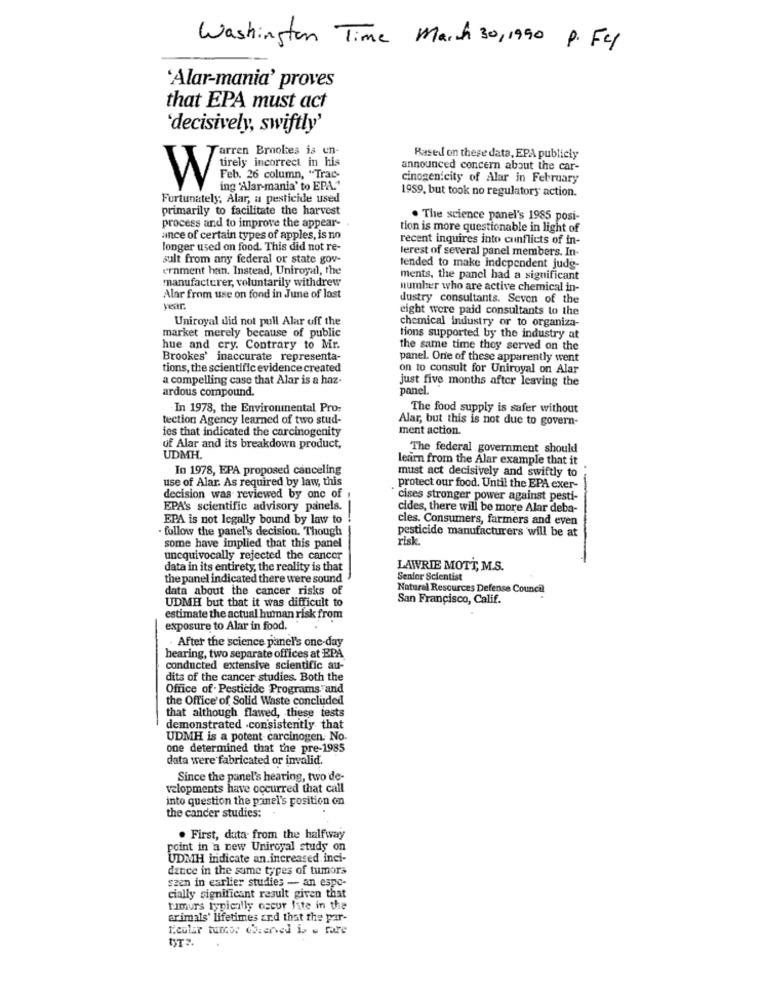
Washington Time March 30, 1990 P. Fel
'Alar-mania' proves
that EPA must act
'decisively, swiftly'
Farren Brookes is en-
Based on these data, EPA publicly
announced concern about the car-
Wärely incorrect in his
Feb. 26 column, "Trac-
cinogen city of Alar in February
ing 'Alar-mania' to ERA."
1959, but took no regulatory action.
Fortunately: Alar, a pesticide used
primarily to facilitate the harvest
. The science panel's 1985 posi-
process and to improve the appear-
tion is more questionable in light of
ance of certain types of apples, is no
recent inquires into cunflicts of In-
longer used on food. This did not re-
lerest of several panel members. In-
salt from any federal or state gov-
ernment han. Instead, Uniroyal, the
tended to make independent judg-
manufacturer, voluntarily withdrew
ments, the panel had a significant
number who are active chemical in-
Alar from use on fond in June of last
dustry consultants. Seven of the
vear.
eight were paid consultants to the
Uniroyal did not pull Alar off the
market merely because of public
chemical industry or to organiza-
tions supported by the industry at
hue and cry. Contrary to Mr.
the same time they served on the
Brookes' inaccurate representa-
panel. One of these apparently went
tions, the scientific evidence created
on to consult for Uniroyal on Alar
a compelling case that Alar is a haz-
just five months after leaving the
ardous compound.
panel.
In 1978, the Environmental Pro:
The food supply is safer without
tection Agency learned of two stud-
Alar, but this is not due to govern-
ment action.
ies that indicated the carcinogenity
of Alar and its breakdown product,
The federal government should
UDMH.
learn from the Alar example that it
In 1978, EPA proposed canceling
must act decisively and swiftly to
use of Alar. As required by law, this
. protect our food. Until the EPA exer-
decision was reviewed by one of
" cises stronger power against pesti-
EPA's scientific advisory panels.
cides, there will be more Alar deba-
EPA is not legally bound by law to
cles. Consumers, farmers and even
follow the panel's decision. Though
pesticide manufacturers will be at
risk
some have implied that this panel
unequivocally rejected the cancer
data in its entirety, the reality is that
LAWRIE MOTT, M.S.
the panel indicated there were sound
Senior Scientist
data about the cancer risks of
Natural Resources Defense Council
UDMH but that it was difficult to
San Francisco, Calif.
estimate the actual human risk from
exposure to Alar in food.
. After the science panel's one-day
hearing, two separate offices at EPA
conducted extensive scientific au-
dits of the cancer studies. Both the
Office of . Pesticide Programs and
the Office'of Solid Waste concluded
that although flawed, these tests
demonstrated .consistently that
UDMH is a potent carcinogen. No.
one determined that the pre-1985
data were fabricated or invalid.
Since the panel's hearing, two de-
velopments have occurred that call
into question the panel's position on
the cancer studies:
. First, data from the halfway
point in a new Uniroyal study on
UDMH indicate an.increased inci-
dance in the same types of tumors
szen in earlier studies - an espe-
cially significant result given that
tuimurs typically occur Iste in the
arimals' lifetimes and that the par-
Lieular tuncer observed i . rare
ST ?.